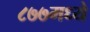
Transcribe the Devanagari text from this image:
८७७मध्ये